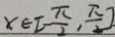
x \in [ - \frac { \pi } { 2 } , \frac { \pi } { 2 } ]